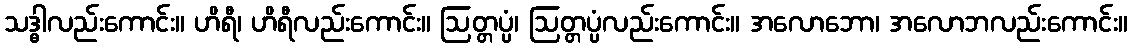
သဒ္ဓါလည်းကောင်း။ ဟိရီ၊ ဟိရီလည်းကောင်း။ ဩတ္တပ္ပံ၊ ဩတ္တပ္ပံလည်းကောင်း။ အလောဘော၊ အလောဘလည်းကောင်း။